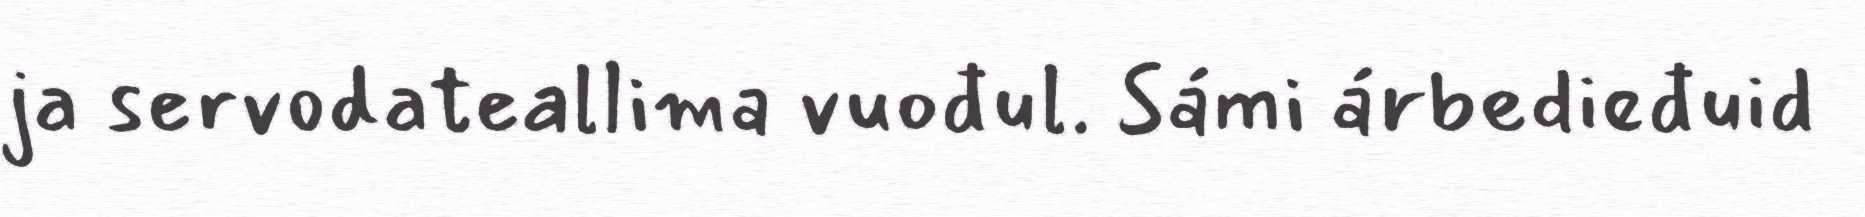
ja servodateallima vuođul. Sámi árbedieđuid